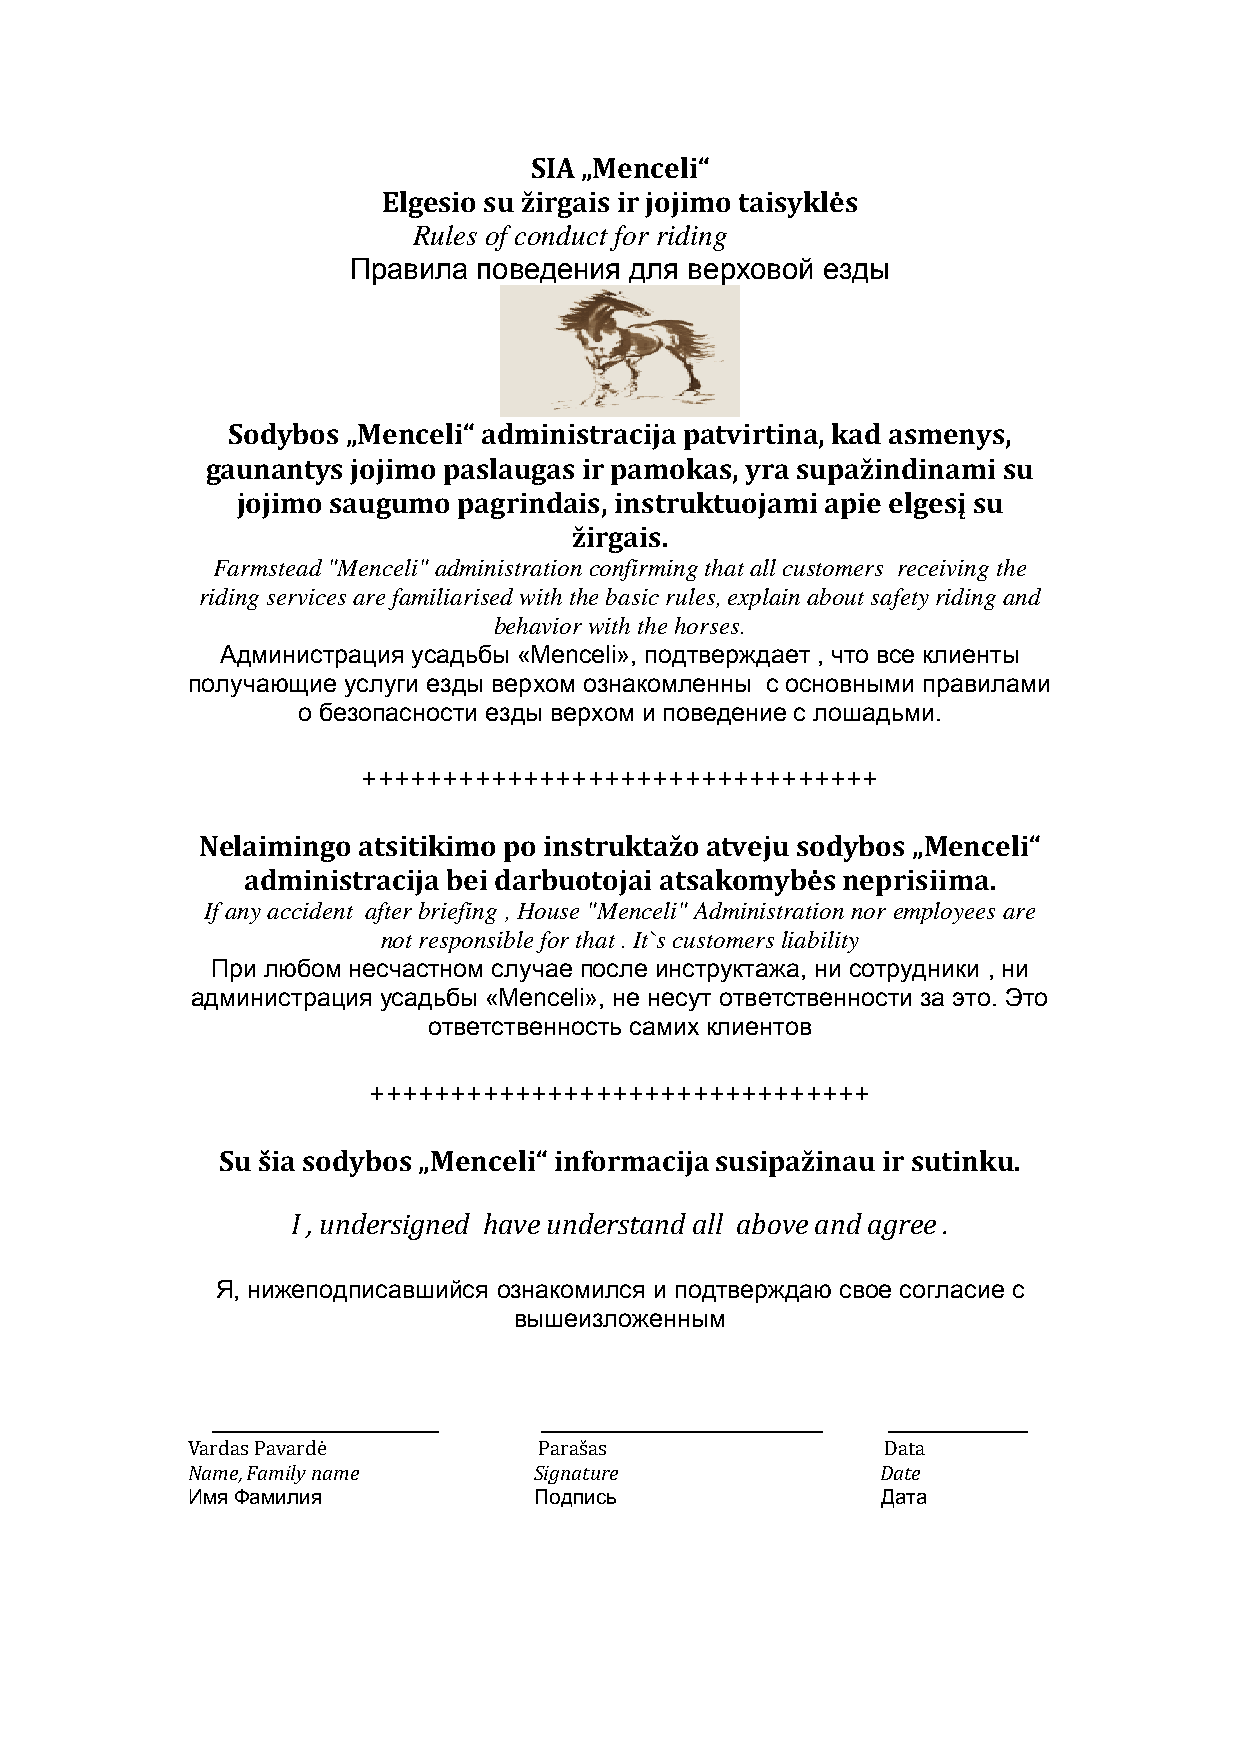
SIA „Menceli“
 Elgesio su žirgais ir jojimo taisyklės
 Rules of conduct for riding
 Правила  поведения для верховой езды
 Sodybos „Menceli“ administracija patvirtina, kad asmenys,
 gaunantys jojimo paslaugas ir pamokas, yra supažindinami su
 jojimo saugumo pagrindais, instruktuojami apie elgesį su
 žirgais.
 Farmstead "Menceli" administration confirming that all customers receiving the
 riding services are familiarised with the basic rules, explain about safety riding and
 behavior with the horses.
 Администрация усадьбы «Menceli», подтверждает , что все клиенты
 получающие услуги езды верхом ознакомленны с основными правилами
 о безопасности езды верхом и поведение с лошадьми.
 ++++++++++++++++++++++++++++++++
 Nelaimingo atsitikimo po instruktažo atveju sodybos „Menceli“
 administracija bei darbuotojai atsakomybės neprisiima.
 If any accident after briefing , House "Menceli" Administration nor employees are
 not responsible for that . It`s customers liability
 При любом несчастном случае после инструктажа, ни сотрудники , ни
 администрация усадьбы «Menceli», не несут ответственности за это. Это
 ответственность самих клиентов
 +++++++++++++++++++++++++++++++
 Su šia sodybos „Menceli“ informacija susipažinau ir sutinku.
 I , undersigned have understand all above and agree .
 Я, нижеподписавшийся ознакомился и подтверждаю свое согласие с
 вышеизложенным
 _____________________ __________________________ _____________
 Vardas Pavardė          Parašas                Data
 Name, Family name      Signature              Date
 Имя Фамилия            Подпись                Дата